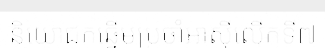
និយោជកឆ្នើមប្រចាំអាស៊ីលើកទី៧